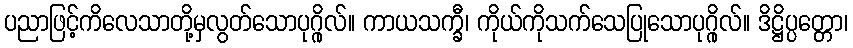
ပညာဖြင့်ကိလေသာတို့မှလွတ်သောပုဂ္ဂိုလ်။ ကာယသက္ခီ၊ ကိုယ်ကိုသက်သေပြုသောပုဂ္ဂိုလ်။ ဒိဋ္ဌိပ္ပတ္တော၊